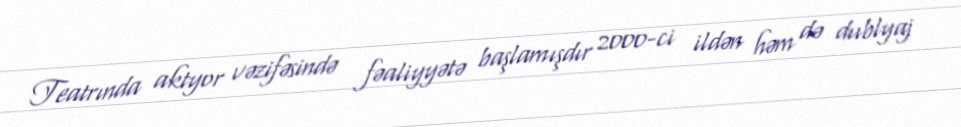
Teatrında aktyor vəzifəsində fəaliyyətə başlamışdır 2000-ci ildən həm də dublyaj